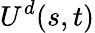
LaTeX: {U^{d}}(s,t)